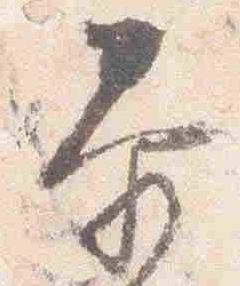
泰